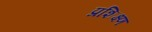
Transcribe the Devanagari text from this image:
प्रशिक्ष्ण